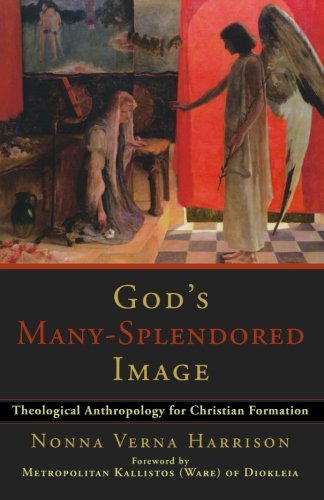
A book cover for God's Many-Splendored Image: Theological Anthropology for Christian Formation; Nonna Verna Harrison; Christian Books & Bibles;